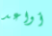
أواعد